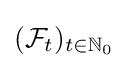
({\mathcal {F}}_{t})_{t\in \mathbb {N} _{0}}